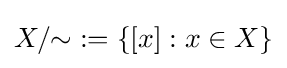
X/{\sim }:=\{[x]:x\in X\}